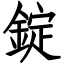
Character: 錠